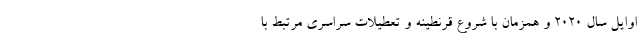
اوایل سال 2020 و همزمان با شروع قرنطینه و تعطیلات سراسری مرتبط با